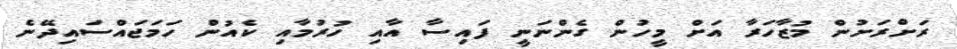
ރަށްްރަށުން މުޒާހަރާ އަށް މީހުން ގެންނަނީ ފައިސާ އާއި ހުރުމާއި ކެއުން ހަމަޖައްސައިދޭނެ